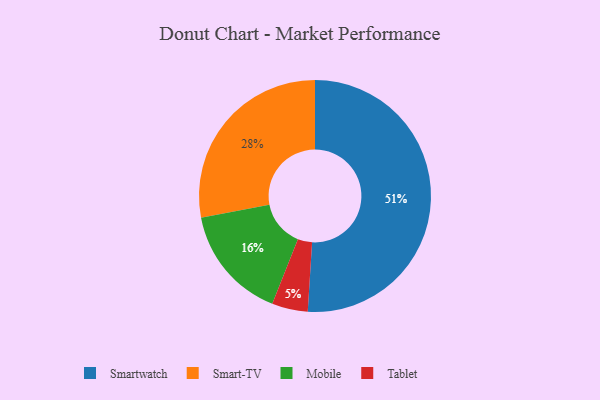
{"axis": {"x": "Category", "y": "Percentage"}, "legend": ["Mobile", "Smart-TV", "Smartwatch", "Tablet"], "data": [{"x": "Mobile", "y": 16, "type": "Mobile"}, {"x": "Smartwatch", "y": 51, "type": "Smartwatch"}, {"x": "Tablet", "y": 5, "type": "Tablet"}, {"x": "Smart-TV", "y": 28, "type": "Smart-TV"}]}